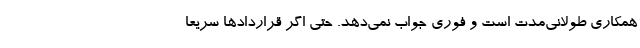
همکاری طولانی‌مدت است و فوری جواب نمی‌دهد. حتی اگر قراردادها سریعا